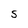
Character: S